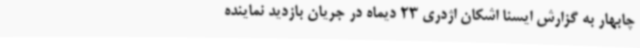
چابهار به گزارش ایسنا اشکان اژدری 23 دیماه در جریان بازدید نماینده